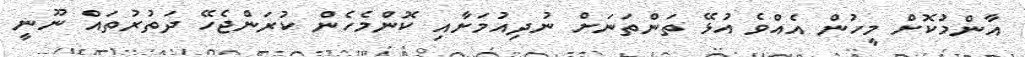
އާންމުކޮށް މީހުން އެއްވެ އުޅޭ ތަންތަނަށް ނުދިއުމަށާއި ކޮންމެހެން ކުރަންޖެހޭ ދަތުރުތައް ނޫނީ